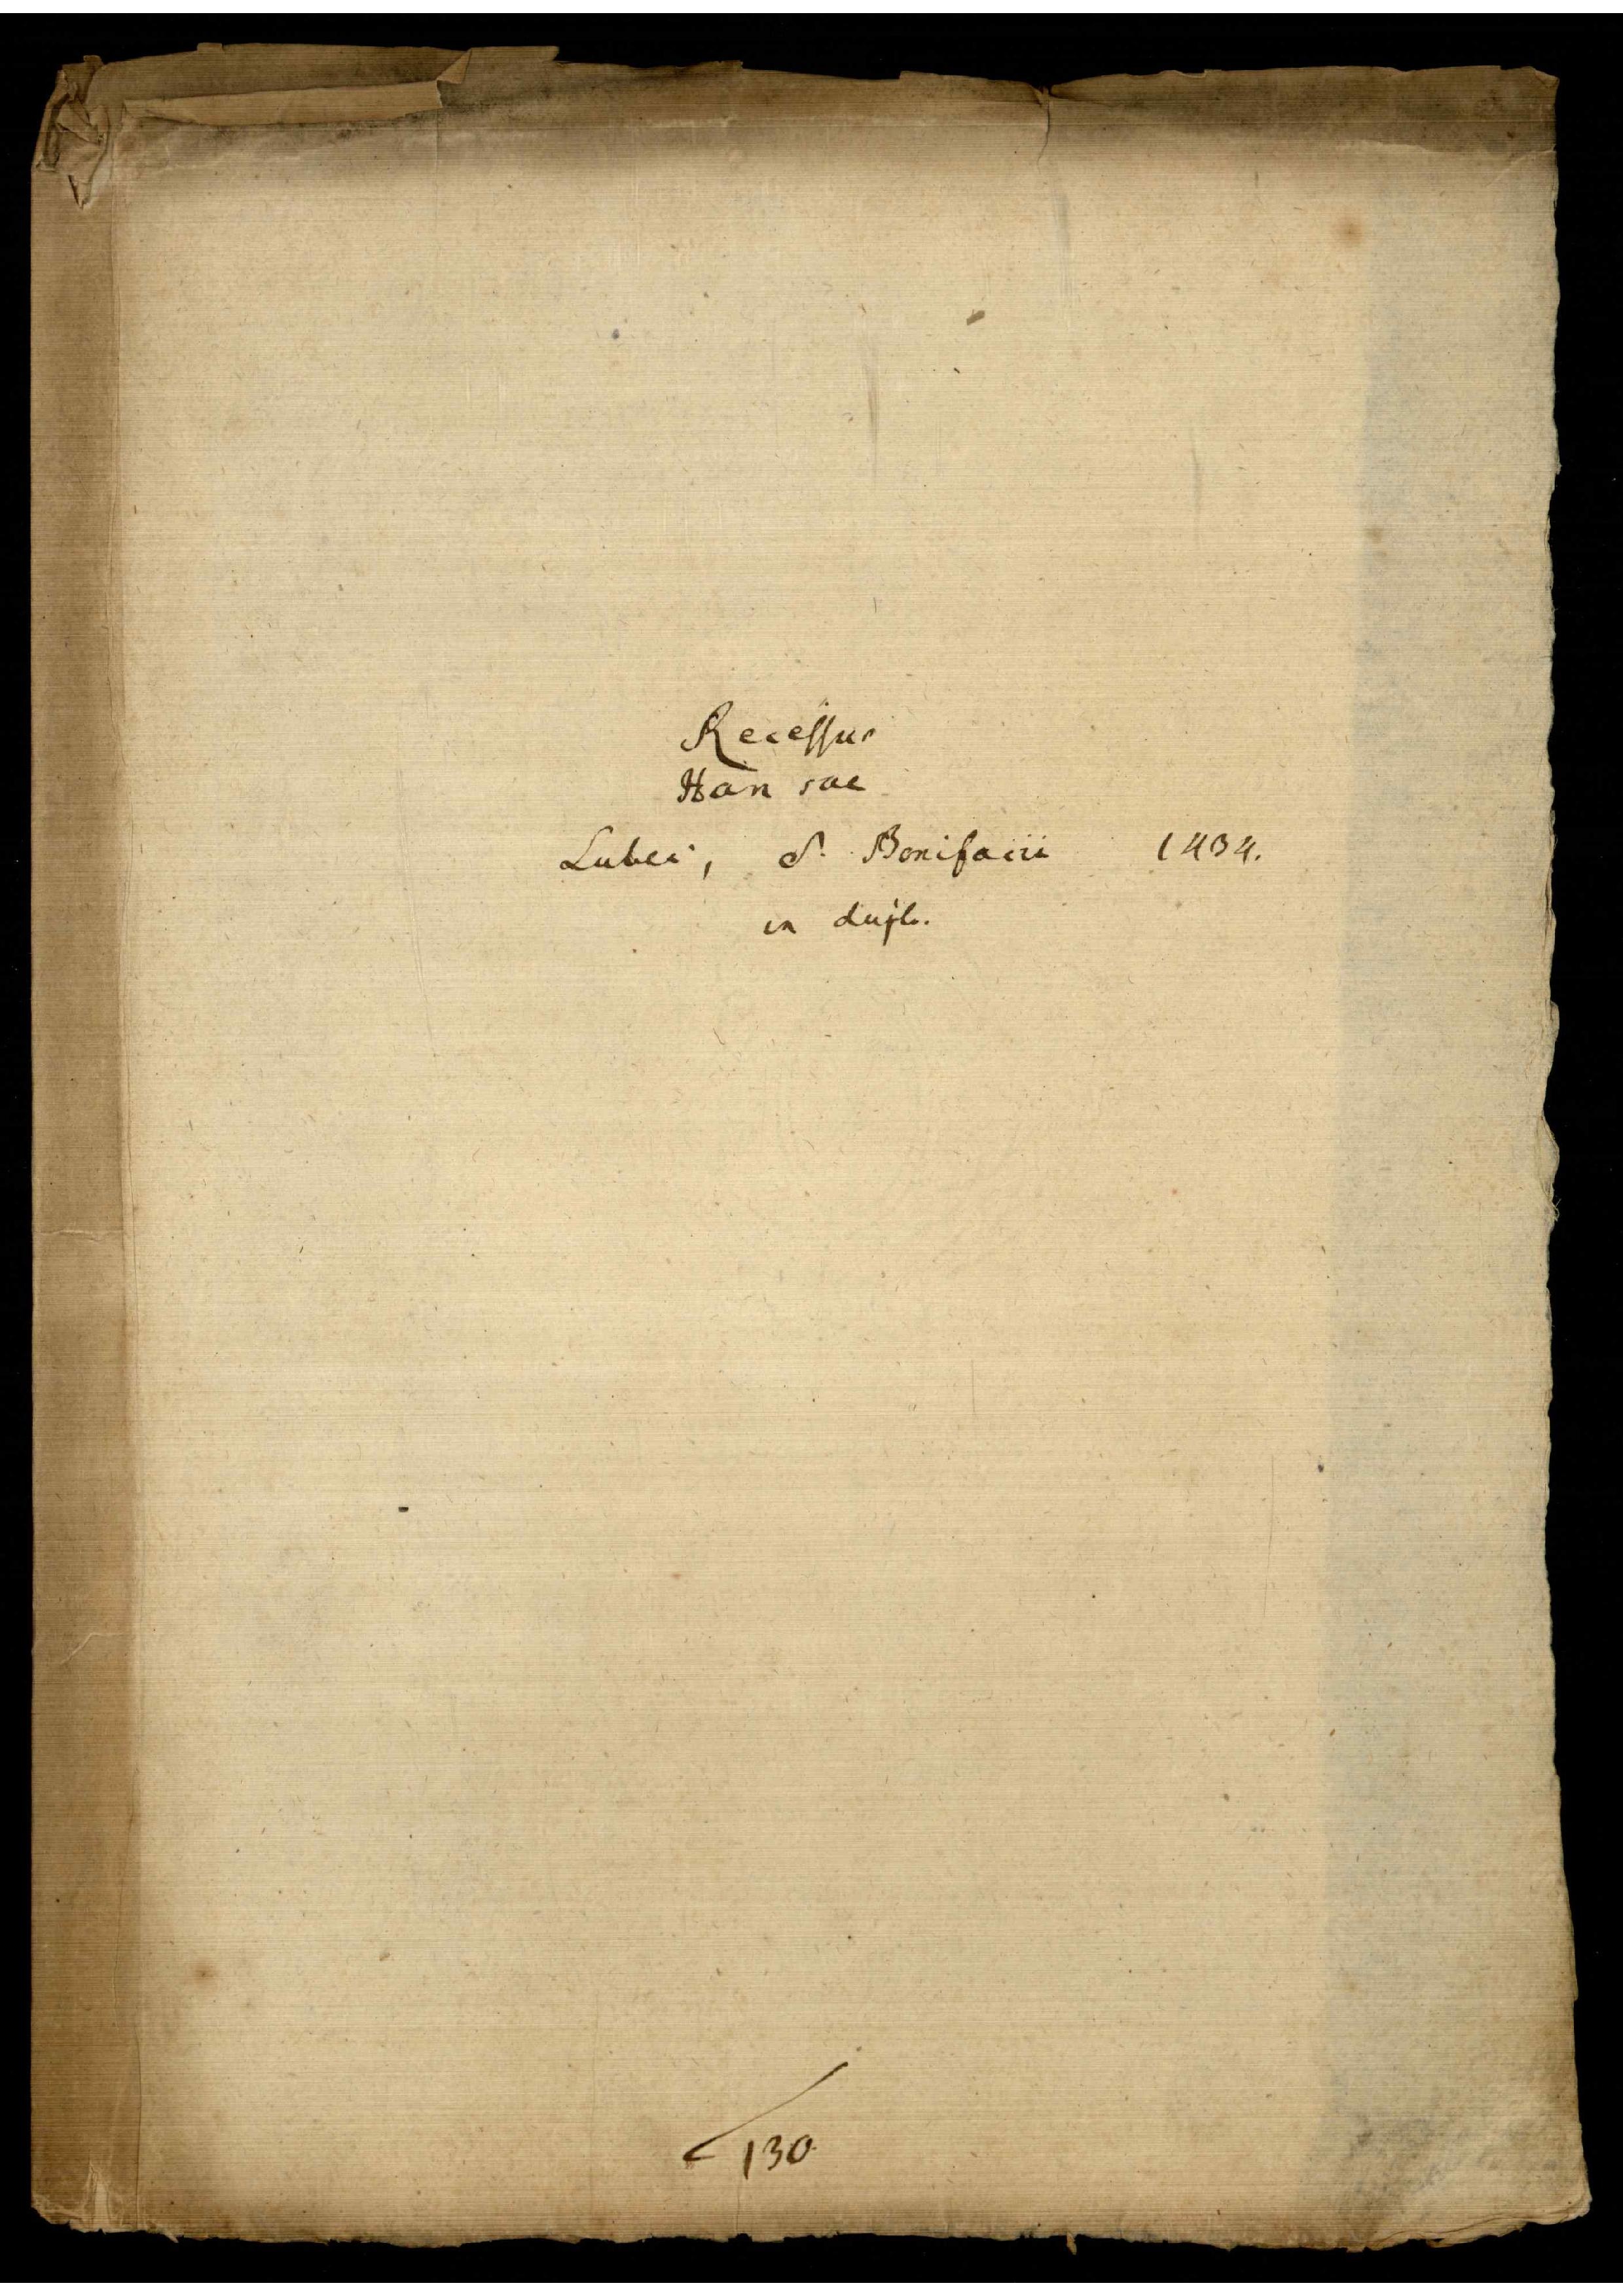
Recessus
Hansae
Lubec, di Bonifacii
in duplo.

130

1434